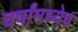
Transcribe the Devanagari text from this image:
वर्षांमध्येच